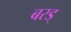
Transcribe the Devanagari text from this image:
बरड्